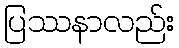
ပြဿနာလည်း